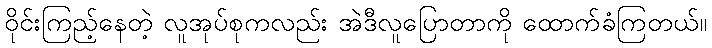
ဝိုင်းကြည့်နေတဲ့ လူအုပ်စုကလည်း အဲဒီလူပြောတာကို ထောက်ခံကြတယ်။